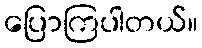
ပြောကြပါတယ်။